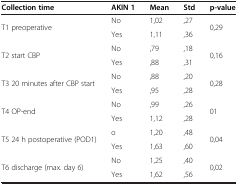
| Collection time | AKIN 1 | Mean | Std | p-value |
 | --- | --- | --- | --- | --- |
 | <ROWSPAN=2> T1 preoperative | No | 1,02 | ,27 | <ROWSPAN=2> 0,29 |
 | Yes | 1,11 | ,36 |
 | <ROWSPAN=2> T2 start CBP | No | ,79 | ,18 | <ROWSPAN=2> 0,16 |
 | Yes | ,88 | ,31 |
 | <ROWSPAN=2> T3 20 minutes after CBP start | No | ,88 | ,20 | <ROWSPAN=2> 0,28 |
 | Yes | ,95 | ,28 |
 | <ROWSPAN=2> T4 OP-end | No | ,99 | ,26 | <ROWSPAN=2> 01 |
 | Yes | 1,12 | ,28 |
 | <ROWSPAN=2> T5 24 h postoperative (POD1) | o | 1,20 | ,48 | <ROWSPAN=2> 0,04 |
 | Yes | 1,63 | ,60 |
 | T6 discharge (max. day 6) | No | 1,25 | ,40 | 0,02 |
 |  | Yes | 1,62 | ,56 |  |